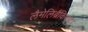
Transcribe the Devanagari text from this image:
लैमेलिब्रैंकियाटा